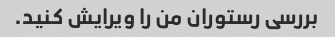
بررسی رستوران من را ویرایش کنید.